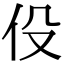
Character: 伇